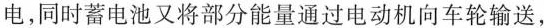
电，同时蓄电池又将部分能量通过电动机向车轮输送，